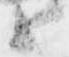
上